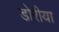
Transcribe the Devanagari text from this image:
डोरीया